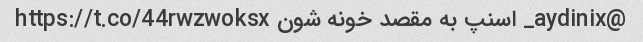
@aydinix_ اسنپ به مقصد خونه شون https://t.co/44rwzwoksx